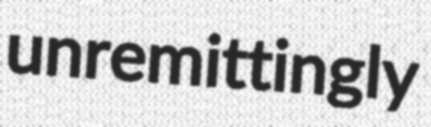
unremittingly